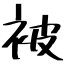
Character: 被